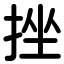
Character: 挫